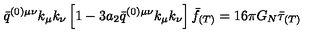
\bar { q } ^ { ( 0 ) \mu \nu } k _ { \mu } k _ { \nu } \left[ 1 - 3 a _ { 2 } \bar { q } ^ { ( 0 ) \mu \nu } k _ { \mu } k _ { \nu } \right] \bar { f } _ { ( T ) } = 1 6 \pi G _ { N } \bar { \tau } _ { ( T ) }